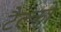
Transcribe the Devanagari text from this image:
टैल्को